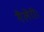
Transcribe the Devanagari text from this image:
गैलेरी।